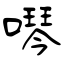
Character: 噖